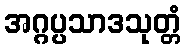
အဂ္ဂပ္ပသာဒသုတ္တံ